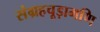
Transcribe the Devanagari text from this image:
संग्रहचूड़ामणि